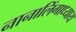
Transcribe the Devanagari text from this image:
नानालिंगाध्याय